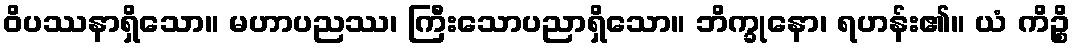
ဝိပဿနာရှိသော။ မဟာပညဿ၊ ကြီးသောပညာရှိသော။ ဘိက္ခုနော၊ ရဟန်း၏။ ယံ ကိဉ္စိ